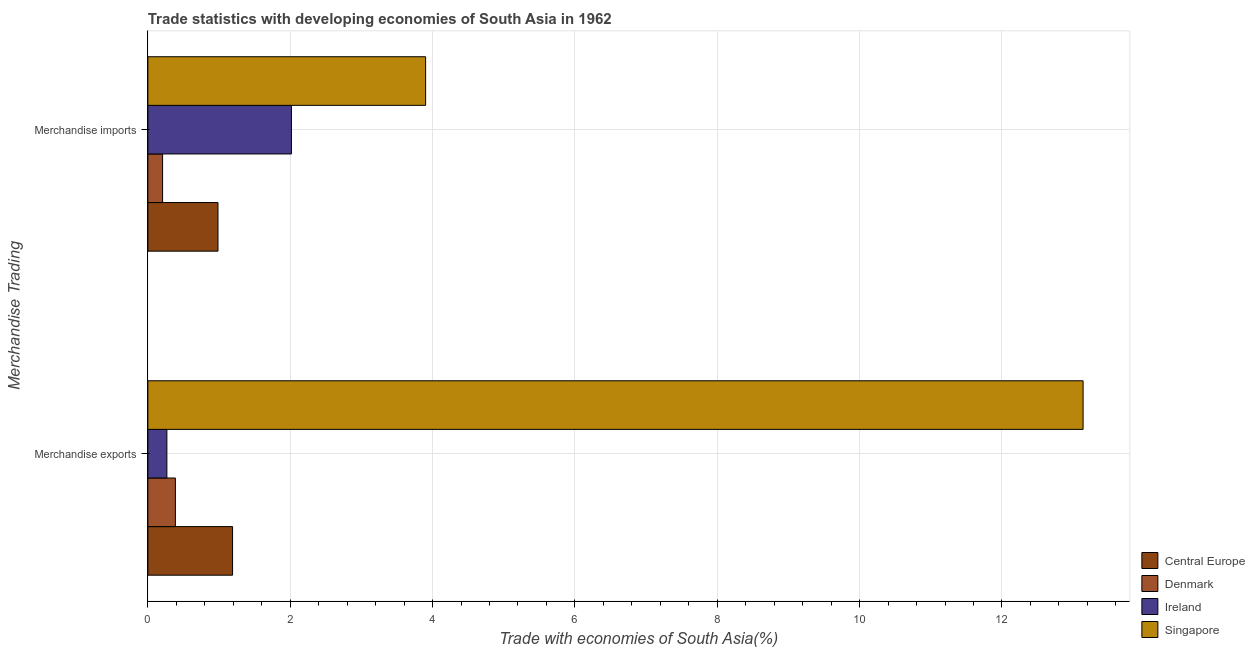
| Merchandise Trading | Central Europe | Denmark | Ireland | Singapore |
 | --- | --- | --- | --- | --- |
 | Merchandise exports | 1.19 | 0.387 | 0.267 | 13.1 |
 | Merchandise imports | 0.985 | 0.207 | 2.02 | 3.9 |